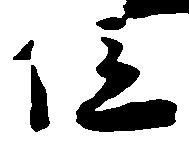
位